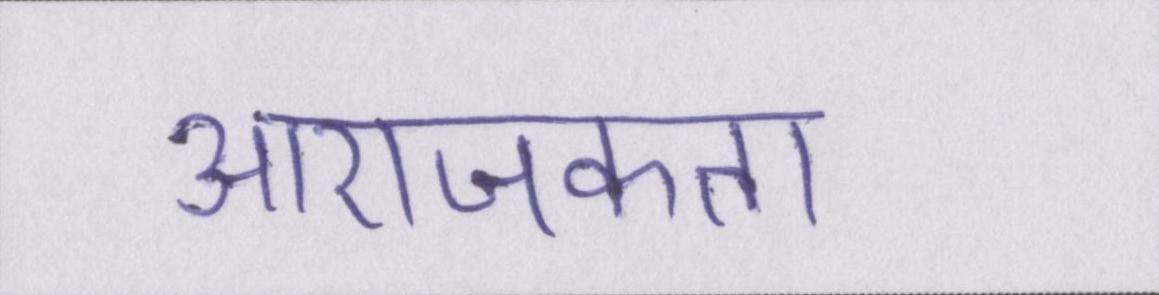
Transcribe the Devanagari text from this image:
आराजकता